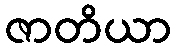
ဇာတိယာ